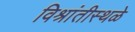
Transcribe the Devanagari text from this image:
विश्रांतीस्थळे